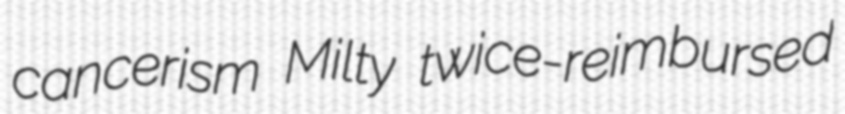
cancerism Milty twice-reimbursed